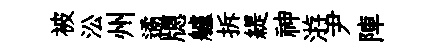
被㳂州遹牕艫拆緹神㳺尹陣